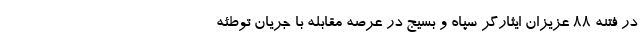
در فتنه ۸۸ عزیزان ایثارگر سپاه و بسیج در عرصه مقابله با جریان توطئه